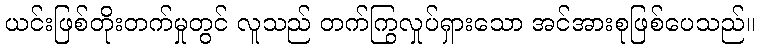
ယင်းဖြစ်တိုးတက်မှုတွင် လူသည် တက်ကြွလှုပ်ရှားသော အင်အားစုဖြစ်ပေသည်။